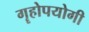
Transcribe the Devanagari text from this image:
गॄहोपयोगी